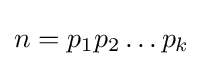
n=p_{1}p_{2}\dots p_{k}